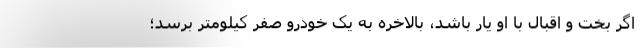
اگر بخت و اقبال با او یار باشد، بالاخره به یک خودرو صفر کیلومتر برسد؛